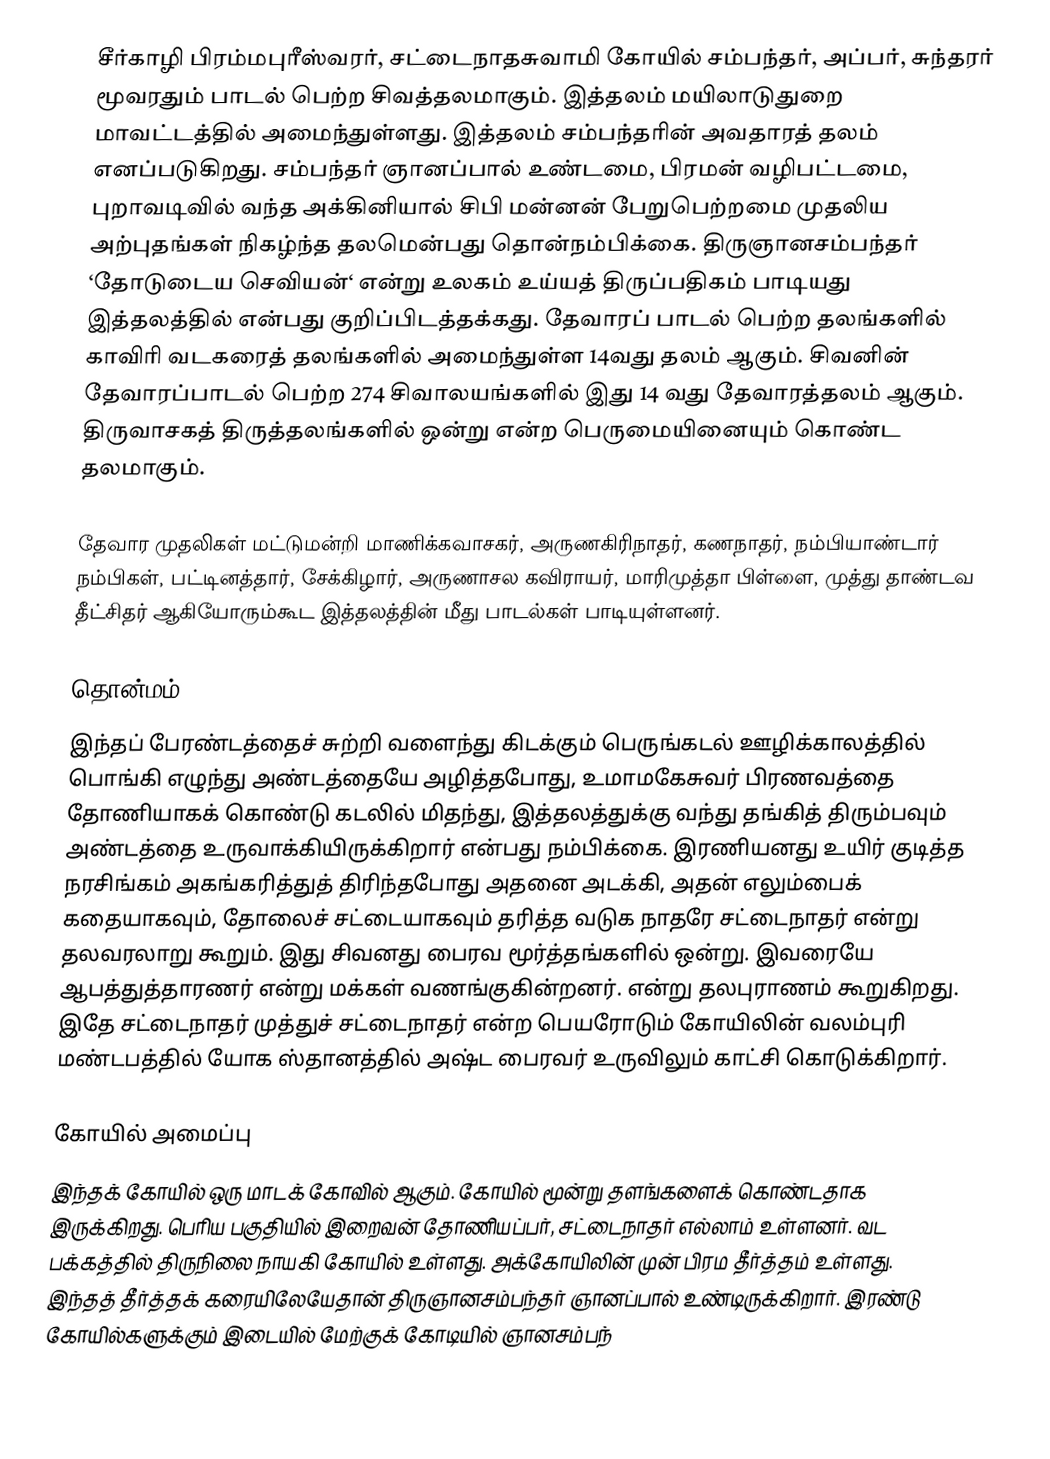
சீர்காழி பிரம்மபுரீஸ்வரர், சட்டைநாதசுவாமி கோயில் சம்பந்தர், அப்பர், சுந்தரர் மூவரதும் பாடல் பெற்ற சிவத்தலமாகும். இத்தலம் மயிலாடுதுறை மாவட்டத்தில் அமைந்துள்ளது. இத்தலம் சம்பந்தரின் அவதாரத் தலம் எனப்படுகிறது. சம்பந்தர் ஞானப்பால் உண்டமை, பிரமன் வழிபட்டமை, புறாவடிவில் வந்த அக்கினியால் சிபி மன்னன் பேறுபெற்றமை முதலிய அற்புதங்கள் நிகழ்ந்த தலமென்பது தொன்நம்பிக்கை. திருஞானசம்பந்தர் ‘தோடுடைய செவியன்‘ என்று உலகம் உய்யத் திருப்பதிகம் பாடியது இத்தலத்தில் என்பது குறிப்பிடத்தக்கது. தேவாரப் பாடல் பெற்ற தலங்களில் காவிரி வடகரைத் தலங்களில் அமைந்துள்ள 14வது தலம் ஆகும். சிவனின் தேவாரப்பாடல் பெற்ற 274 சிவாலயங்களில் இது 14 வது தேவாரத்தலம் ஆகும். திருவாசகத் திருத்தலங்களில் ஒன்று என்ற பெருமையினையும் கொண்ட தலமாகும்.

தேவார முதலிகள் மட்டுமன்றி மாணிக்கவாசகர், அருணகிரிநாதர், கணநாதர், நம்பியாண்டார் நம்பிகள், பட்டினத்தார், சேக்கிழார், அருணாசல கவிராயர், மாரிமுத்தா பிள்ளை, முத்து தாண்டவ தீட்சிதர் ஆகியோரும்கூட இத்தலத்தின் மீது பாடல்கள் பாடியுள்ளனர்.

தொன்மம்
இந்தப் பேரண்டத்தைச் சுற்றி வளைந்து கிடக்கும் பெருங்கடல் ஊழிக்காலத்தில் பொங்கி எழுந்து அண்டத்தையே அழித்தபோது, உமாமகேசுவர் பிரணவத்தை தோணியாகக் கொண்டு கடலில் மிதந்து, இத்தலத்துக்கு வந்து தங்கித் திரும்பவும் அண்டத்தை உருவாக்கியிருக்கிறார் என்பது நம்பிக்கை.  இரணியனது உயிர் குடித்த நரசிங்கம் அகங்கரித்துத் திரிந்தபோது அதனை அடக்கி, அதன் எலும்பைக் கதையாகவும், தோலைச் சட்டையாகவும் தரித்த வடுக நாதரே சட்டைநாதர் என்று தலவரலாறு கூறும். இது சிவனது பைரவ மூர்த்தங்களில் ஒன்று. இவரையே ஆபத்துத்தாரணர் என்று மக்கள் வணங்குகின்றனர். என்று தலபுராணம் கூறுகிறது. இதே சட்டைநாதர் முத்துச் சட்டைநாதர் என்ற பெயரோடும் கோயிலின் வலம்புரி மண்டபத்தில் யோக ஸ்தானத்தில் அஷ்ட பைரவர் உருவிலும் காட்சி கொடுக்கிறார்.

கோயில் அமைப்பு
இந்தக் கோயில் ஒரு மாடக் கோவில் ஆகும். கோயில் மூன்று தளங்களைக் கொண்டதாக இருக்கிறது. பெரிய பகுதியில் இறைவன் தோணியப்பர், சட்டைநாதர் எல்லாம் உள்ளனர். வட பக்கத்தில் திருநிலை நாயகி கோயில் உள்ளது. அக்கோயிலின் முன் பிரம தீர்த்தம் உள்ளது. இந்தத் தீர்த்தக் கரையிலேயேதான் திருஞானசம்பந்தர் ஞானப்பால் உண்டிருக்கிறார். இரண்டு கோயில்களுக்கும் இடையில் மேற்குக் கோடியில் ஞானசம்பந்